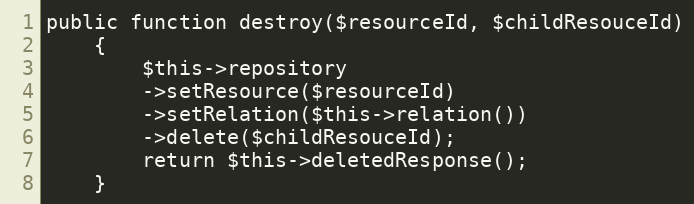
Language: PHP
public function destroy($resourceId, $childResouceId)
    {
        $this->repository
        ->setResource($resourceId)
        ->setRelation($this->relation())
        ->delete($childResouceId);
        return $this->deletedResponse();
    }